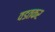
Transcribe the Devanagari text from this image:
वडतकर